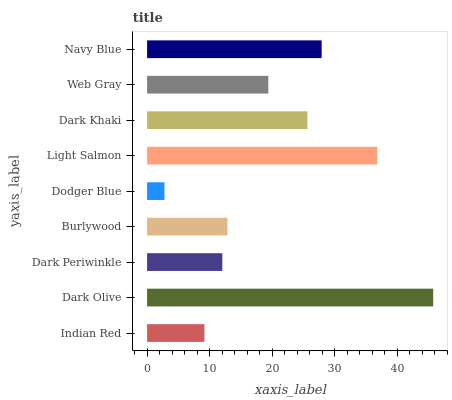
| yaxis_label | bars |
 | --- | --- |
 | Indian Red | 9.17 |
 | Dark Olive | 45.8 |
 | Dark Periwinkle | 12 |
 | Burlywood | 12.9 |
 | Dodger Blue | 2.78 |
 | Light Salmon | 36.8 |
 | Dark Khaki | 25.6 |
 | Web Gray | 19.4 |
 | Navy Blue | 27.9 |